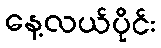
နေ့လယ်ပိုင်း